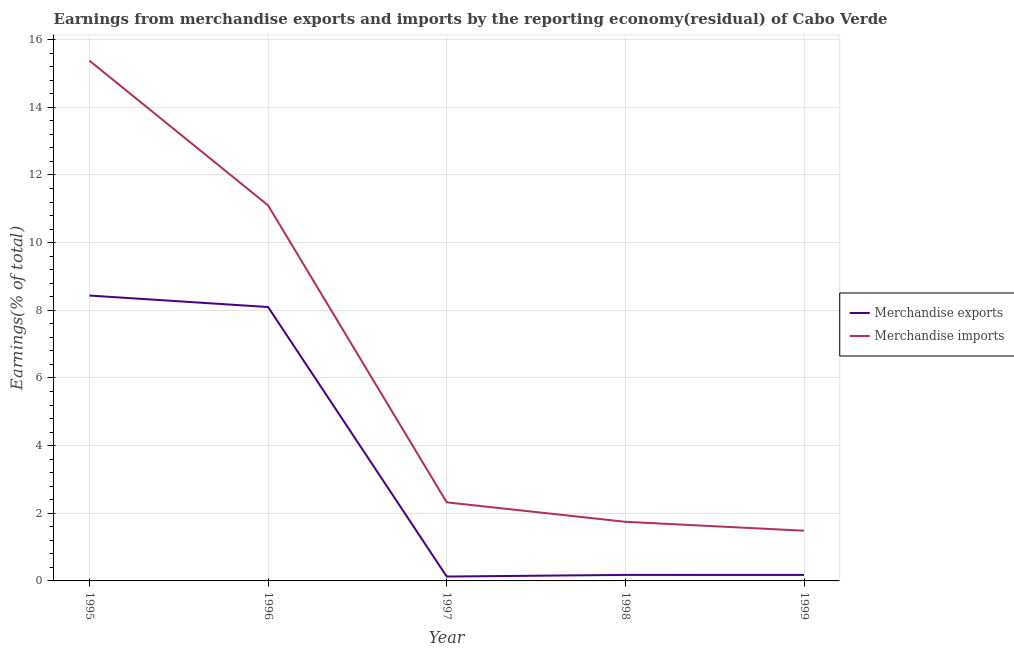
| Year | Merchandise exports | Merchandise imports |
 | --- | --- | --- |
 | 1995 | 8.44 | 15.4 |
 | 1996 | 8.1 | 11.1 |
 | 1997 | 0.129 | 2.32 |
 | 1998 | 0.178 | 1.75 |
 | 1999 | 0.177 | 1.48 |